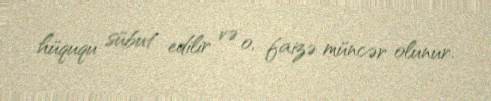
hüququ sübut edilir və o, faizə müncər olunur.